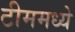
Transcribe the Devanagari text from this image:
टीममध्ये